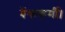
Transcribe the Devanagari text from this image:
बैंककर्मी।